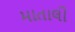
માતાલી